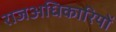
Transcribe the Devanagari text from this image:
राजअधिकारियों